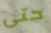
حتى